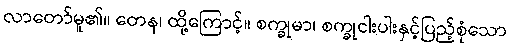
လာတော်မူ၏။ တေန၊ ထို့ကြောင့်။ စက္ခုမာ၊ စက္ခုငါးပါးနှင့်ပြည့်စုံသော